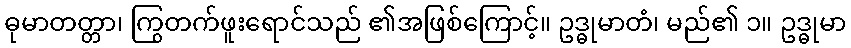
ဓုမာတတ္တာ၊ ကြွတက်ဖူးရောင်သည် ၏အဖြစ်ကြောင့်။ ဥဒ္ဓုမာတံ၊ မည်၏ ၁။ ဥဒ္ဓုမာ